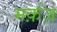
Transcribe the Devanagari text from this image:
मर्क़ज़